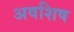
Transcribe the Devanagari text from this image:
अवशिष